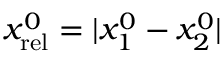
x _ { \mathrm { r e l } } ^ { 0 } = | x _ { 1 } ^ { 0 } - x _ { 2 } ^ { 0 } |